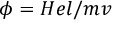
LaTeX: \phi = H e l / m v